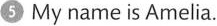
⑤ My name is Amelia.